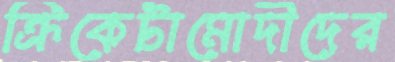
ক্রিকেটামোদীদের